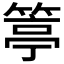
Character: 𥯢